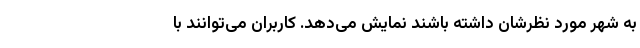
به شهر مورد نظرشان داشته باشند نمایش می‌دهد. کاربران می‌توانند با